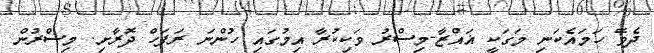
ދެވޭ ހަމައެކަނި މަގަކީ ޣައްޒާ-މިސްރު ވަކިކުރާ އިމުގައި ހުންނަ ރަފަހް ދޮރާށި. މިސްރުން